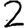
Digit: 2